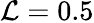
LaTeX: \mathcal{L}=0.5